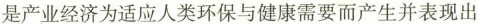
是产业经济为适应人类环保与健康需要而产生并表现出